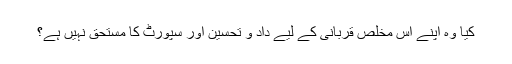
کیا وہ اپنے اس مخلص قربانی کے لیے داد و تحسین اور سپورٹ کا مستحق نہیں ہے؟